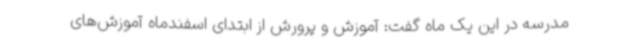
مدرسه در این یک ماه گفت: آموزش و پرورش از ابتدای اسفندماه آموزش‌های